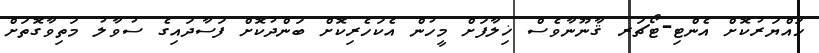
ހައްޔަރުކޮށް އެންޓި-ޓޯޗަރ ޤާނޫނާވެސް ޚިލާފަށް މީހުން އެކަހެރިކޮށް ބަންދުކޮށް ފަސާދައިގެ ސުވާލު މަތިވާގޮތަށް